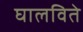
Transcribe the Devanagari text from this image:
घालविते